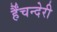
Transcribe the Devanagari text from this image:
र्हैंचन्देरी